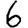
Digit: 6